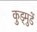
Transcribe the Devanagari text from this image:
कुड्मुडें